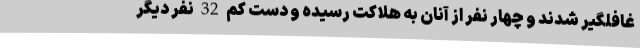
غافلگیر شدند و چهار نفر از آنان به هلاکت رسیده و دست کم 32 نفر دیگر